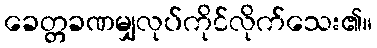
ခေတ္တခဏမျှလုပ်ကိုင်လိုက်သေး၏။